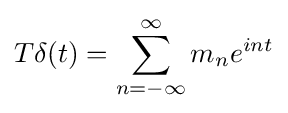
T\delta (t)=\sum _{n=-\infty }^{\infty }m_{n}e^{int}